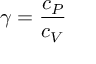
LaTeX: \gamma = { \frac { c _ { P } } { c _ { V } } }